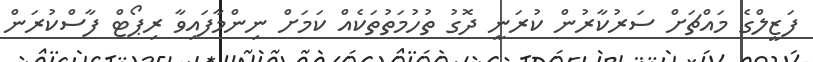
ފަޒީލްގެ މައްޗަށް ސަރުކާރުން ކުރަނީ ދޮގު ތުހުމަތުތަކެއް ކަމަށް ނިންމާފައިވާ ރިޕޯޓް ފާސްކުރަން